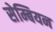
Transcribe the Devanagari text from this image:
सेम्बियन